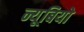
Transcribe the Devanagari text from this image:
न्यूबियो